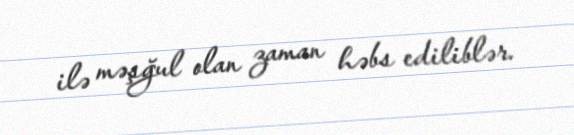
ilə məşğul olan zaman həbs ediliblər.